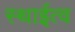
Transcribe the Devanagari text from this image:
स्थाईत्व